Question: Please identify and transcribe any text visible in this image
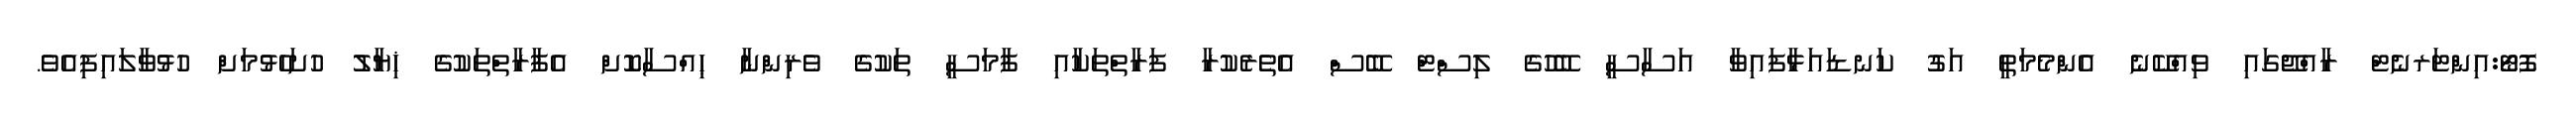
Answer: ފޮޓޯ:އިންޓަރނެޓް ރާއްޖޭގައި ވިއްކޭނެ އެންމެމަތީ އަގު ކަނޑައަޅާފައިވާ އަސާސީ ބޭހުގެ ލިސްޓް ބޭސް އެތެރެކުރާ ފަރާތްތަކާއި ފާމަސީ ތަކުގެ ވެރިންނާ ޙިއްސާކޮށް އެފާރާތްތަކުގެ ޚިޔާލު ހުށަހެޅުމަށް ހުޅުވާލައިފިއެވެ.